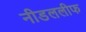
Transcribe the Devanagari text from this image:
नीडललीफ